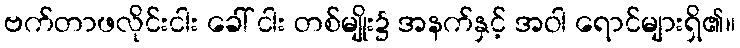
ဗက်တာဖလိုင်းငါး ခေါ် ငါး တစ်မျိုး၌ အနက်နှင့် အဝါ ရောင်များရှိ၏။